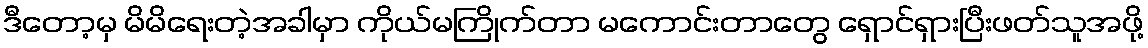
ဒီတော့မှ မိမိရေးတဲ့အခါမှာ ကိုယ်မကြိုက်တာ မကောင်းတာတွေ ရှောင်ရှားပြီးဖတ်သူအဖို့